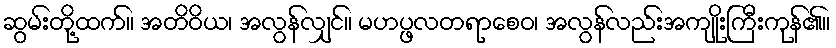
ဆွမ်းတို့ထက်။ အတိဝိယ၊ အလွန်လျှင်။ မဟပ္ဖလတရာစေဝ၊ အလွန်လည်းအကျိုးကြီးကုန်၏။